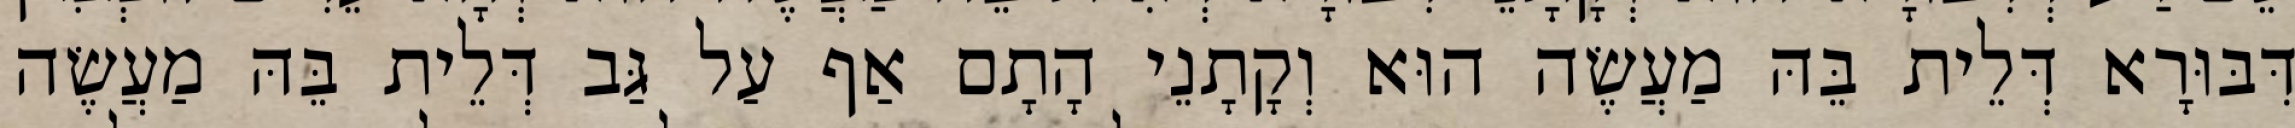
דִּבּוּרָא דְּלֵית בֵּהּ מַעֲשֶׂה הוּא וְקָתָנֵי הָתָם אַף עַל גַּב דְּלֵית בֵּהּ מַעֲשֶׂה